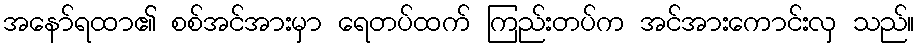
အနော်ရထာ၏ စစ်အင်အားမှာ ရေတပ်ထက် ကြည်းတပ်က အင်အားကောင်းလှ သည်။